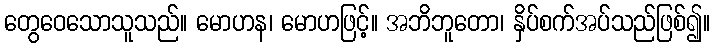
တွေဝေသောသူသည်။ မောဟန၊ မောဟဖြင့်။ အဘိဘူတော၊ နှိပ်စက်အပ်သည်ဖြစ်၍။